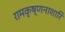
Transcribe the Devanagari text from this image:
रामकृष्णनाशारि